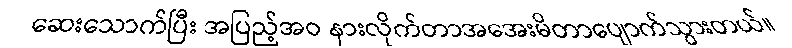
ဆေးသောက်ပြီး အပြည့်အဝ နားလိုက်တာအအေးမိတာပျောက်သွားတယ်။